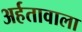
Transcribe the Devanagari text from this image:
अर्हतावाला